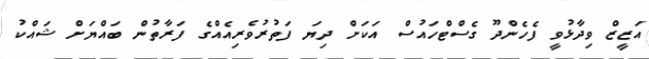
އަޒީޒް ވިދާޅުވީ ފެހެންދޫ ގެސްޓްހައުސް އަކަށް ދިޔަ ފަތުރުވެރިއެއްގެ ފަރާތުން ބައްޔަށް ޝައްކު